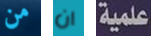
من ان علمية